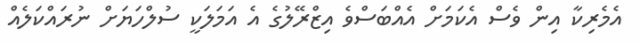
އެމެރިކާ އިން ވެސް އެކަމަށް އެއްބަސްވެ އިޒްރޭލުގެ އެ އަމަލަކީ ސުލްހަޔަށް ނުރައްކަލެއް